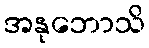
အနုဘောသိ